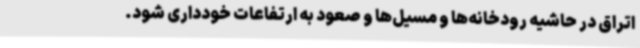
اتراق در حاشیه رودخانه‌ها و مسیل‌ها و صعود به ارتفاعات خودداری شود.